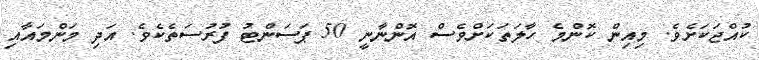
ކުއްޖަކަށެވެ. މިއިން ކޮންމެ ހާލަތަކަށްވެސް އޮންނާނީ 50 ޕަސަންޓު ފުރުސަތެކެވެ. އަދި މަންމައާއި